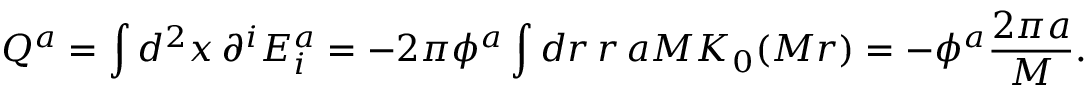
Q ^ { a } = \int d ^ { 2 } x \, \partial ^ { i } E _ { i } ^ { a } = - 2 \pi \phi ^ { a } \int d r \, r \, a M K _ { 0 } ( M r ) = - \phi ^ { a } \frac { 2 \pi a } { M } .